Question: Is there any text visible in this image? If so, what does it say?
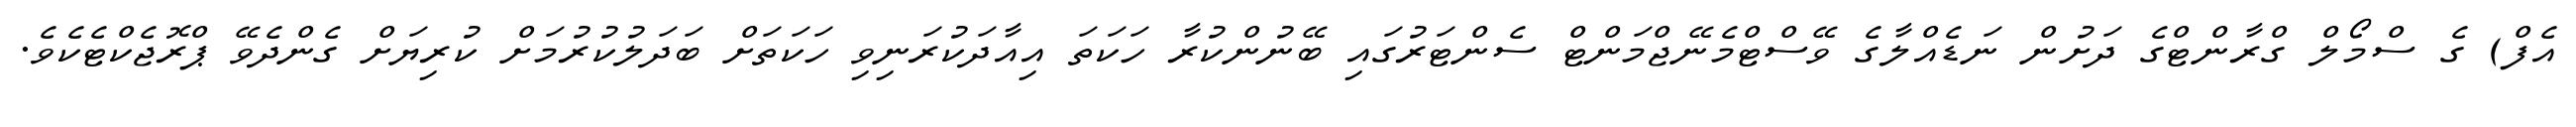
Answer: އެފް) ގެ ސްމޯލް ގްރާންޓްގެ ދަށުން ނަޑެއްލާގެ ވޭސްޓްމެނޭޖްމަންޓް ސެންޓަރުގައި ބޭނުންކުރާ ހަކަތަ އިއާދަކުރަނިވި ހަކަތަށް ބަދަލުކުރުމަށް ކުރިޔަށް ގެންދެވޭ ޕްރޮޖެކްޓެކެވެ.